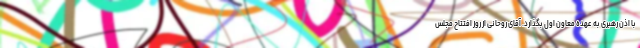
با اذن رهبری به عهده معاون اول بگذارد. آقای روحانی از روز افتتاح مجلس